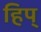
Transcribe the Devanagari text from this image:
हिप्